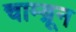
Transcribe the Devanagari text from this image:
चाम्ब्रून